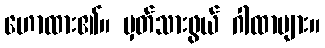
ဟောထား၏။ မှတ်သားဖွယ် ဂါထာများ။